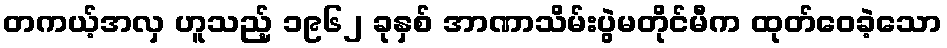
တကယ့်အလှ ဟူသည့် ၁၉၆၂ ခုနှစ် အာဏာသိမ်းပွဲမတိုင်မီက ထုတ်ဝေခဲ့သော